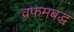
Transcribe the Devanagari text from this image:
व्रफमबद्ध